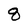
Character: q